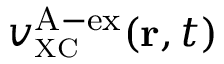
v _ { \scriptscriptstyle \mathrm { X C } } ^ { \mathrm { A - e x } } ( { \bf r } , t )